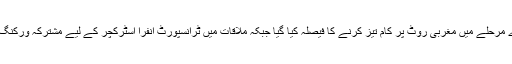
ملاقات کے دوران سی پیک منصوبے کے دوسرے مرحلے میں مغربی روٹ پر کام تیز کرنے کا فیصلہ کیا گیا جبکہ ملاقات میں ٹرانسپورٹ انفرا اسٹرکچر کے لیے مشترکہ ورکنگ گروپ کی مفاہمتی یادداشت پر بھی دستخط ہوئے۔